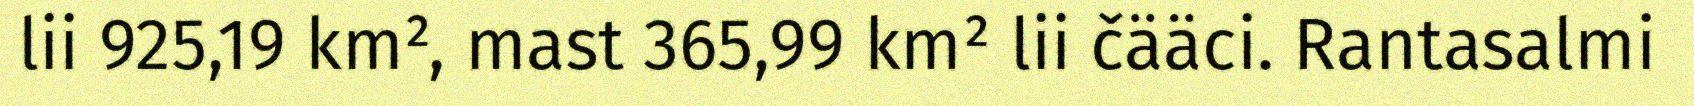
lii 925,19 km², mast 365,99 km² lii čääci. Rantasalmi